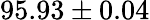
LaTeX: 95.93\pm 0.04